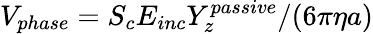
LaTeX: V_{phase}=S_{c}E_{inc}Y_{z}^{passive}/(6\pi\eta a)